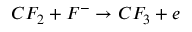
C F _ { 2 } + F ^ { - } \rightarrow C F _ { 3 } + e